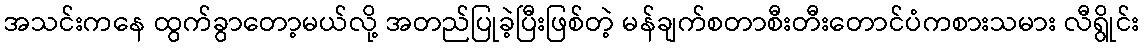
အသင်းကနေ ထွက်ခွာတော့မယ်လို့ အတည်ပြုခဲ့ပြီးဖြစ်တဲ့ မန်ချက်စတာစီးတီးတောင်ပံကစားသမား လီရွိုင်း